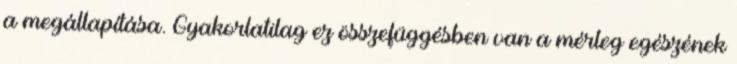
a megállapítása. Gyakorlatilag ez összefüggésben van a mérleg egészének